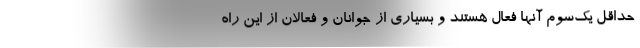
حداقل يك‌سوم آنها فعال هستند و بسياري از جوانان و فعالان از اين راه